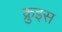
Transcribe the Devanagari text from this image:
क्रुइस